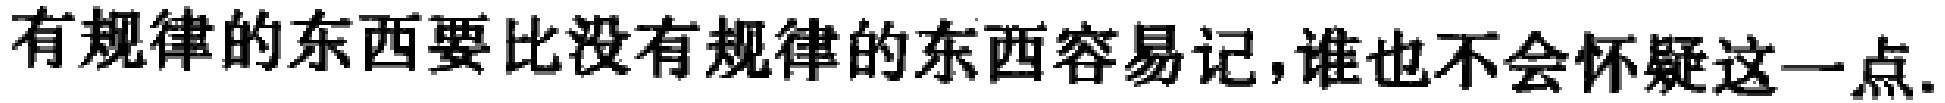
有规律的东西要比没有规律的东西容易记,谁也不会怀疑这一点.